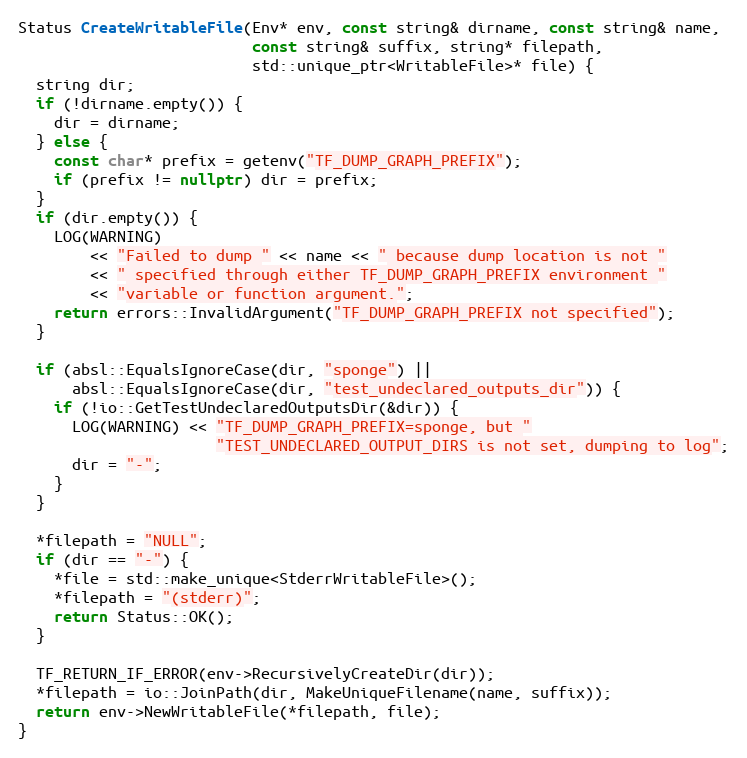
Language: C++
Status CreateWritableFile(Env* env, const string& dirname, const string& name,
                          const string& suffix, string* filepath,
                          std::unique_ptr<WritableFile>* file) {
  string dir;
  if (!dirname.empty()) {
    dir = dirname;
  } else {
    const char* prefix = getenv("TF_DUMP_GRAPH_PREFIX");
    if (prefix != nullptr) dir = prefix;
  }
  if (dir.empty()) {
    LOG(WARNING)
        << "Failed to dump " << name << " because dump location is not "
        << " specified through either TF_DUMP_GRAPH_PREFIX environment "
        << "variable or function argument.";
    return errors::InvalidArgument("TF_DUMP_GRAPH_PREFIX not specified");
  }

  if (absl::EqualsIgnoreCase(dir, "sponge") ||
      absl::EqualsIgnoreCase(dir, "test_undeclared_outputs_dir")) {
    if (!io::GetTestUndeclaredOutputsDir(&dir)) {
      LOG(WARNING) << "TF_DUMP_GRAPH_PREFIX=sponge, but "
                      "TEST_UNDECLARED_OUTPUT_DIRS is not set, dumping to log";
      dir = "-";
    }
  }

  *filepath = "NULL";
  if (dir == "-") {
    *file = std::make_unique<StderrWritableFile>();
    *filepath = "(stderr)";
    return Status::OK();
  }

  TF_RETURN_IF_ERROR(env->RecursivelyCreateDir(dir));
  *filepath = io::JoinPath(dir, MakeUniqueFilename(name, suffix));
  return env->NewWritableFile(*filepath, file);
}